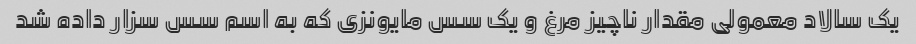
یک سالاد معمولی مقدار ناچیز مرغ و یک سس مایونزی که به اسم سس سزار داده شد